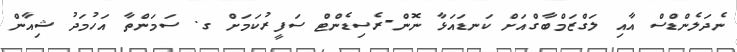
ނެދަލެންޑްސް އާއި ލަގްޒަމްބާގްއަށް ކަނޑައަޅާ ނޮން-ރެސިޑެންޓް ސަފީރުކަމަށް ގ. ސަމަންތާ އަހުމަދު ޝިއާން